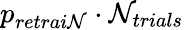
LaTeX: p_{retrai\mathcal{N}}\cdot\mathcal{N}_{trials}